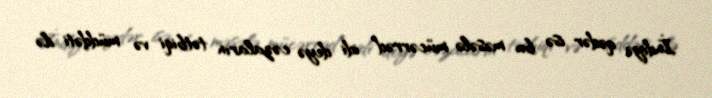
İndiyə qədər isə bu məsələ mücərrəd idi deyə cəzaların tətbiqi və müddəti ilə